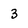
Character: 3